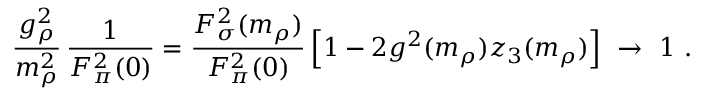
\frac { g _ { \rho } ^ { 2 } } { m _ { \rho } ^ { 2 } } \, \frac { 1 } { F _ { \pi } ^ { 2 } ( 0 ) } = \frac { F _ { \sigma } ^ { 2 } ( m _ { \rho } ) } { F _ { \pi } ^ { 2 } ( 0 ) } \left[ 1 - 2 g ^ { 2 } ( m _ { \rho } ) z _ { 3 } ( m _ { \rho } ) \right] \ \rightarrow \ 1 \ .